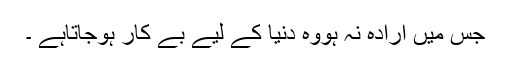
جس میں ارادہ نہ ہووہ دنیا کے لیے بے کار ہوجاتاہے ۔